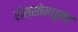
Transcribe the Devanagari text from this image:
रोस्सोमधूनच